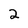
Character: 2